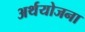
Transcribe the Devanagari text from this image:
अर्थयोजना